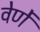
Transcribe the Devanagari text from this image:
वेर्णें